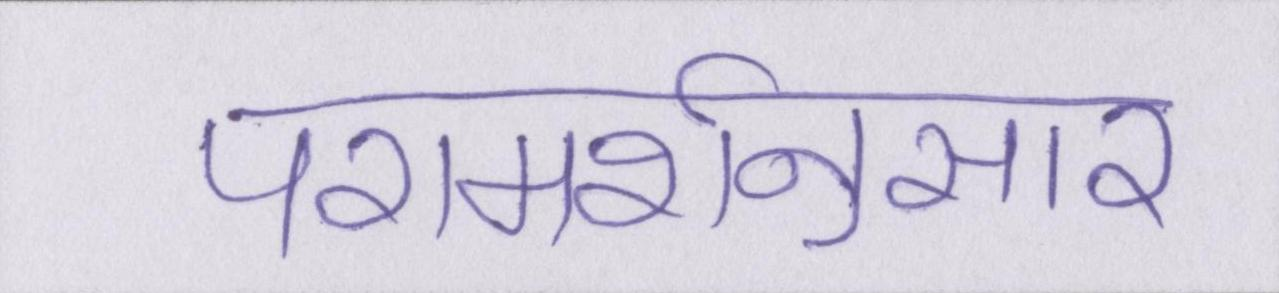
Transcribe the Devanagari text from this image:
परामर्शनुसार